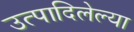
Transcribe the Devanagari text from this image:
उत्पादिलेल्या